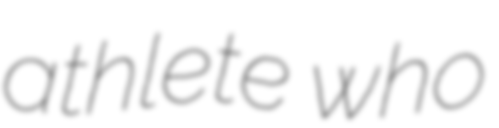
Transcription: athlete who